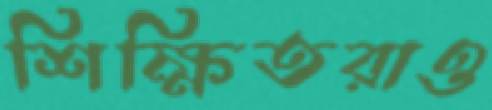
শিক্ষিতরাও